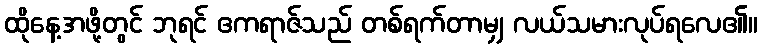
ထိုနေ့အဖို့တွင် ဘုရင် ဧကရာဇ်သည် တစ်ရက်တာမျှ လယ်သမားလုပ်ရလေ၏။